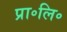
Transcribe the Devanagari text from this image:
प्रा॰लि॰